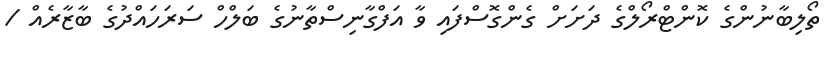
ތޯލިބާނުންގެ ކޮންޓްރޯލްގެ ދަށަށް ގެންގޮސްފައި ވާ އަފްގާނިސްތާނުގެ ބަލްހް ސަރަހައްދުގެ ބާޒާރެއް /